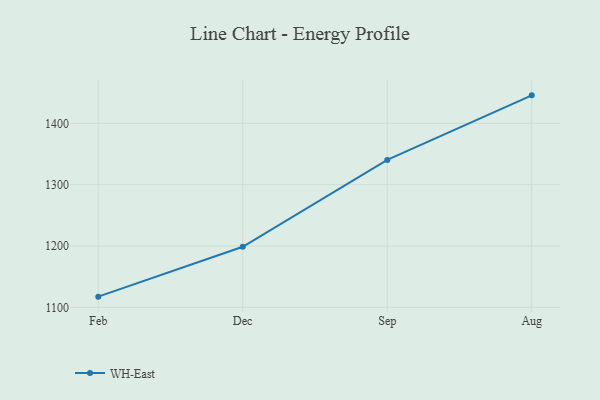
{"axis": {"x": "Month", "y": "Revenue (USD Million)"}, "legend": ["WH-East"], "data": [{"x": "Feb", "y": 1117.4, "type": "WH-East"}, {"x": "Dec", "y": 1198.7, "type": "WH-East"}, {"x": "Sep", "y": 1340.3, "type": "WH-East"}, {"x": "Aug", "y": 1445.6, "type": "WH-East"}]}